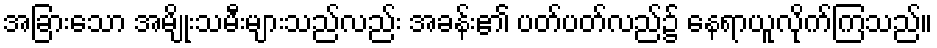
အခြားသော အမျိုးသမီးများသည်လည်း အခန်း၏ ပတ်ပတ်လည်၌ နေရာယူလိုက်ကြသည်။